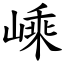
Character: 嵊